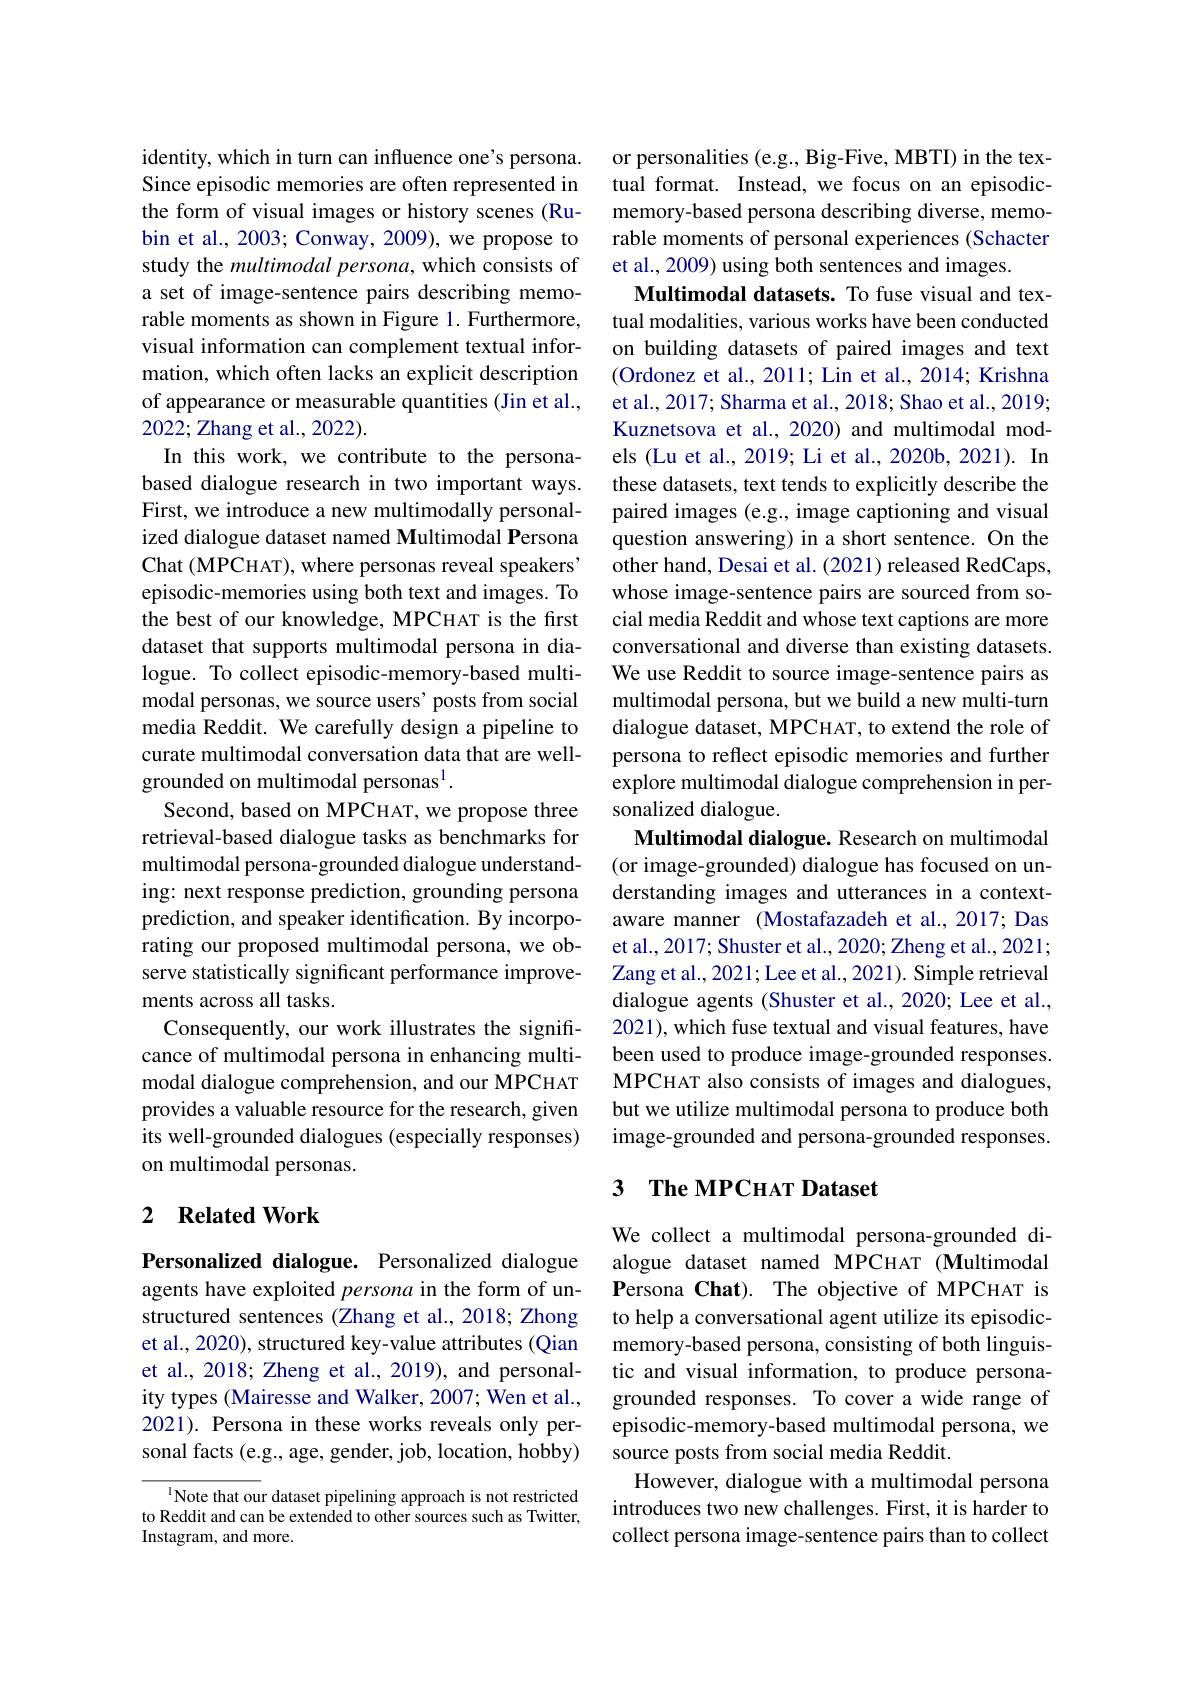
identity, which in turn can influence one's persona. Since episodic memories are often represented in the form of visual images or history scenes (Rubin et al., 2003; Conway, 2009), we propose to study the multimodal persona, which consists of a set of image-sentence pairs describing memorable moments as shown in Figure 1. Furthermore, visual information can complement textual information, which often lacks an explicit description of appearance or measurable quantities (Jin et al., 2022; Zhang et al., 2022).
In this work, we contribute to the personabased dialogue research in two important ways. First, we introduce a new multimodally personalized dialogue dataset named Multimodal Persona Chat (MPCHAT), where personas reveal speakers' episodic-memories using both text and images. To the best of our knowledge, MPCHAT is the first dataset that supports multimodal persona in dialogue. To collect episodic-memory-based multimodal personas, we source users' posts from social media Reddit. We carefully design a pipeline to curate multimodal conversation data that are wellgrounded on multimodal personas$^1.$
Second, based on MPCHAT, we propose three retrieval-based dialogue tasks as benchmarks for multimodal persona-grounded dialogue understanding: next response prediction, grounding persona prediction, and speaker identification. By incorporating our proposed multimodal persona, we observe statistically significant performance improvements across all tasks.
Consequently, our work illustrates the significance of multimodal persona in enhancing multimodal dialogue comprehension, and our MPCHAT provides a valuable resource for the research, given its well-grounded dialogues (especially responses) on multimodal personas.

## 2 $\textbf{Related Work}$

Personalized dialogue. Personalized dialogue agents have exploited persona in the form of unstructured sentences (Zhang et al.,2018; Zhong et al., 2020), structured key-value attributes (Qian et al., 2018; Zheng et al., 2019), and personality types (Mairesse and Walker, 2007; Wen et al., 2021). Persona in these works reveals only personal facts (e.g., age, gender, job, location, hobby)

Note that our dataset pipelining approach is not restricted to Reddit and can be extended to other sources such as Twitter, Instagram, and more.

or personalities (e.g., Big-Five, MBTI) in the textual format. Instead, we focus on an episodicmemory-based persona describing diverse, memorable moments of personal experiences (Schacter et al., 2009) using both sentences and images.
Multimodal datasets. To fuse visual and textual modalities, various works have been conducted on building datasets of paired images and text (Ordonez et al., 2011; Lin et al., 2014; Krishna et al., 2017; Sharma et al., 2018; Shao et al., 2019; Kuznetsova et al., 2020) and multimodal models (Lu et al., 2019; Li et al., 2020b, 2021). In these datasets, text tends to explicitly describe the paired images (e.g., image captioning and visual question answering) in a short sentence. On the other hand, Desai et al. (2021) released RedCaps, whose image-sentence pairs are sourced from social media Reddit and whose text captions are more conversational and diverse than existing datasets. We use Reddit to source image-sentence pairs as multimodal persona, but we build a new multi-turn dialogue dataset, MPCHAT, to extend the role of persona to reflect episodic memories and further explore multimodal dialogue comprehension in personalized dialogue.
Multimodal dialogue. Research on multimodal (or image-grounded) dialogue has focused on understanding images and utterances in a contextaware manner (Mostafazadeh et al.,2017;Das et al., 2017; Shuster et al., 2020; Zheng et al., 2021; Zang et al., 2021; Lee et al., 2021). Simple retrieval dialogue agents (Shuster et al., 2020; Lee et al., 2021), which fuse textual and visual features, have been used to produce image-grounded responses. MPCHAT also consists of images and dialogues, but we utilize multimodal persona to produce both image-grounded and persona-grounded responses.

## 3 $\textbf{The MPCHAT Dataset}$

We collect a multimodal persona-grounded dialogue dataset named MPCHAT (Multimodal Persona Chat). The objective of MPCHAT is to help a conversational agent utilize its episodicmemory-based persona, consisting of both linguistic and visual information, to produce personagrounded responses. To cover a wide range of episodic-memory-based multimodal persona, we source posts from social media Reddit.
However, dialogue with a multimodal persona introduces two new challenges. First, it is harder to collect persona image-sentence pairs than to collect